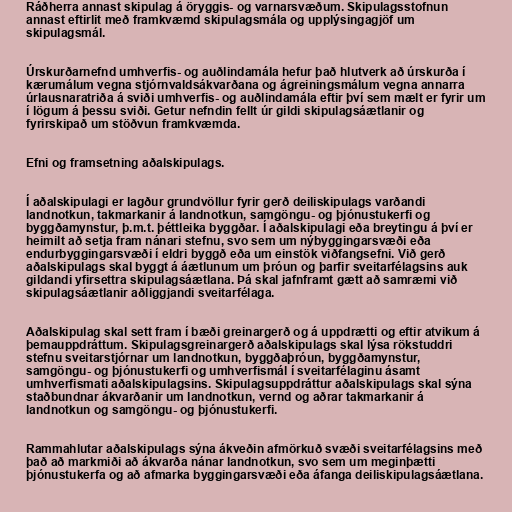
Ráðherra annast skipulag á öryggis- og varnarsvæðum. Skipulagsstofnun
annast eftirlit með framkvæmd skipulagsmála og upplýsingagjöf um
skipulagsmál.

Úrskurðarnefnd umhverfis- og auðlindamála hefur það hlutverk að úrskurða í
kærumálum vegna stjórnvaldsákvarðana og ágreiningsmálum vegna annarra
úrlausnaratriða á sviði umhverfis- og auðlindamála eftir því sem mælt er fyrir um
í lögum á þessu sviði. Getur nefndin fellt úr gildi skipulagsáætlanir og
fyrirskipað um stöðvun framkvæmda.

Efni og framsetning aðalskipulags.

Í aðalskipulagi er lagður grundvöllur fyrir gerð deiliskipulags varðandi
landnotkun, takmarkanir á landnotkun, samgöngu- og þjónustukerfi og
byggðamynstur, þ.m.t. þéttleika byggðar. Í aðalskipulagi eða breytingu á því er
heimilt að setja fram nánari stefnu, svo sem um nýbyggingarsvæði eða
endurbyggingarsvæði í eldri byggð eða um einstök viðfangsefni. Við gerð
aðalskipulags skal byggt á áætlunum um þróun og þarfir sveitarfélagsins auk
gildandi yfirsettra skipulagsáætlana. Þá skal jafnframt gætt að samræmi við
skipulagsáætlanir aðliggjandi sveitarfélaga.

Aðalskipulag skal sett fram í bæði greinargerð og á uppdrætti og eftir atvikum á
þemauppdráttum. Skipulagsgreinargerð aðalskipulags skal lýsa rökstuddri
stefnu sveitarstjórnar um landnotkun, byggðaþróun, byggðamynstur,
samgöngu- og þjónustukerfi og umhverfismál í sveitarfélaginu ásamt
umhverfismati aðalskipulagsins. Skipulagsuppdráttur aðalskipulags skal sýna
staðbundnar ákvarðanir um landnotkun, vernd og aðrar takmarkanir á
landnotkun og samgöngu- og þjónustukerfi.

Rammahlutar aðalskipulags sýna ákveðin afmörkuð svæði sveitarfélagsins með
það að markmiði að ákvarða nánar landnotkun, svo sem um meginþætti
þjónustukerfa og að afmarka byggingarsvæði eða áfanga deili­skipulags­áætl­ana.